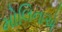
મોલિનાએ